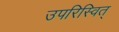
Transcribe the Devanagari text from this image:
उपरिस्वित्